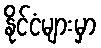
နိုင်ငံများမှာ